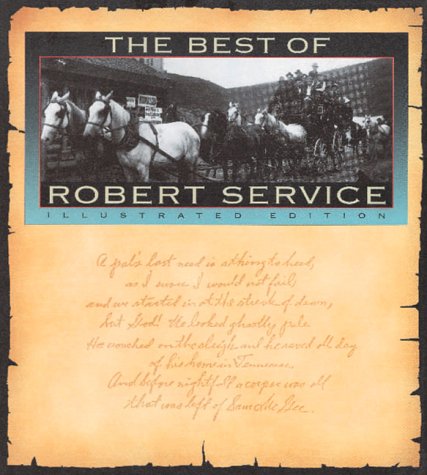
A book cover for The Best Of Robert Service: Illustrated Edition; Robert W. Service; Literature & Fiction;